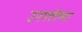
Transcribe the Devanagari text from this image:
उपपत्तीच्या